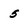
Character: 5